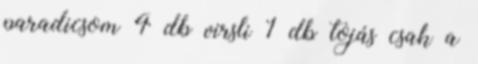
paradicsom 4 db virsli 1 db tojás csak a